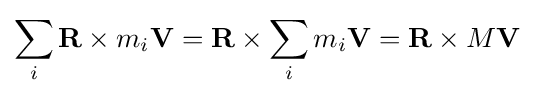
\sum _{i}\mathbf {R} \times m_{i}\mathbf {V} =\mathbf {R} \times \sum _{i}m_{i}\mathbf {V} =\mathbf {R} \times M\mathbf {V}